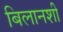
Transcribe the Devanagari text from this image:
बिलानशी